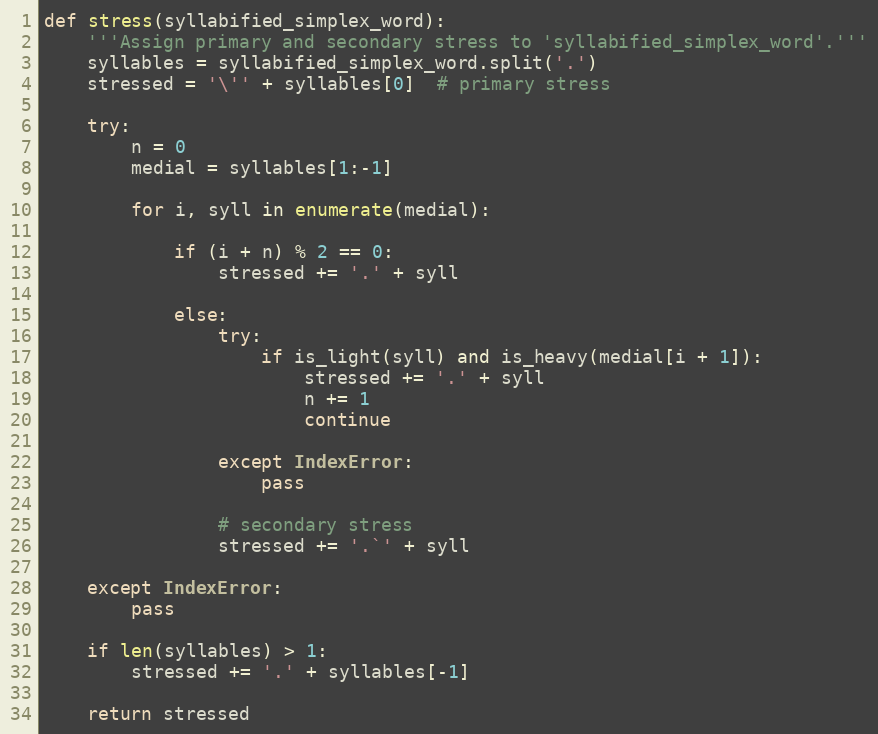
Language: Python
def stress(syllabified_simplex_word):
    '''Assign primary and secondary stress to 'syllabified_simplex_word'.'''
    syllables = syllabified_simplex_word.split('.')
    stressed = '\'' + syllables[0]  # primary stress

    try:
        n = 0
        medial = syllables[1:-1]

        for i, syll in enumerate(medial):

            if (i + n) % 2 == 0:
                stressed += '.' + syll

            else:
                try:
                    if is_light(syll) and is_heavy(medial[i + 1]):
                        stressed += '.' + syll
                        n += 1
                        continue

                except IndexError:
                    pass

                # secondary stress
                stressed += '.`' + syll

    except IndexError:
        pass

    if len(syllables) > 1:
        stressed += '.' + syllables[-1]

    return stressed